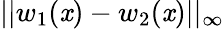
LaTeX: ||w_{1}(\mathit{x})-w_{2}(\mathit{x})||_{\infty}